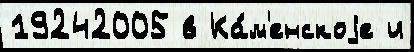
19242005 в Ка́м'енскоjе и